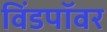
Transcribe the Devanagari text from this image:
विंडपॉवर